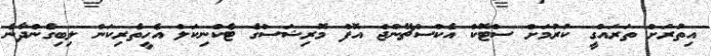
އިތުރަށް ތަރައްގީ ކުރުމަށް ސްޓޮކް އެކްސްޗޭންޖް އޮފް މޮރިޝަސްގެ ޓެކްނިކަލް އެހީތެރިކަން ލިބިގެންދާނެ